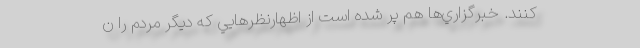
كنند. خبرگزاري‌ها هم پر شده است از اظهارنظرهايي كه ديگر مردم را ن